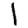
Digit: 1